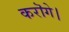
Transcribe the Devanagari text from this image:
करॊगे।